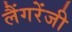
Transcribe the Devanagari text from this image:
लैंगरेंजी